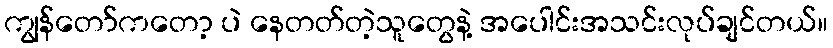
ကျွန်တော်ကတော့ ပဲ နေတတ်တဲ့သူတွေနဲ့ အပေါင်းအသင်းလုပ်ချင်တယ်။